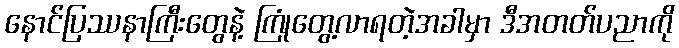
နောင်ပြဿနာကြီးတွေနဲ့ ကြုံတွေ့လာရတဲ့အခါမှာ ဒီအတတ်ပညာကို